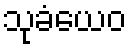
သုခံယေဝ